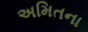
અમિતના